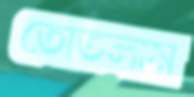
তোতলাম